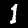
Label: 1